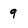
Character: 9